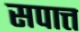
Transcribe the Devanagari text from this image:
सपात्त